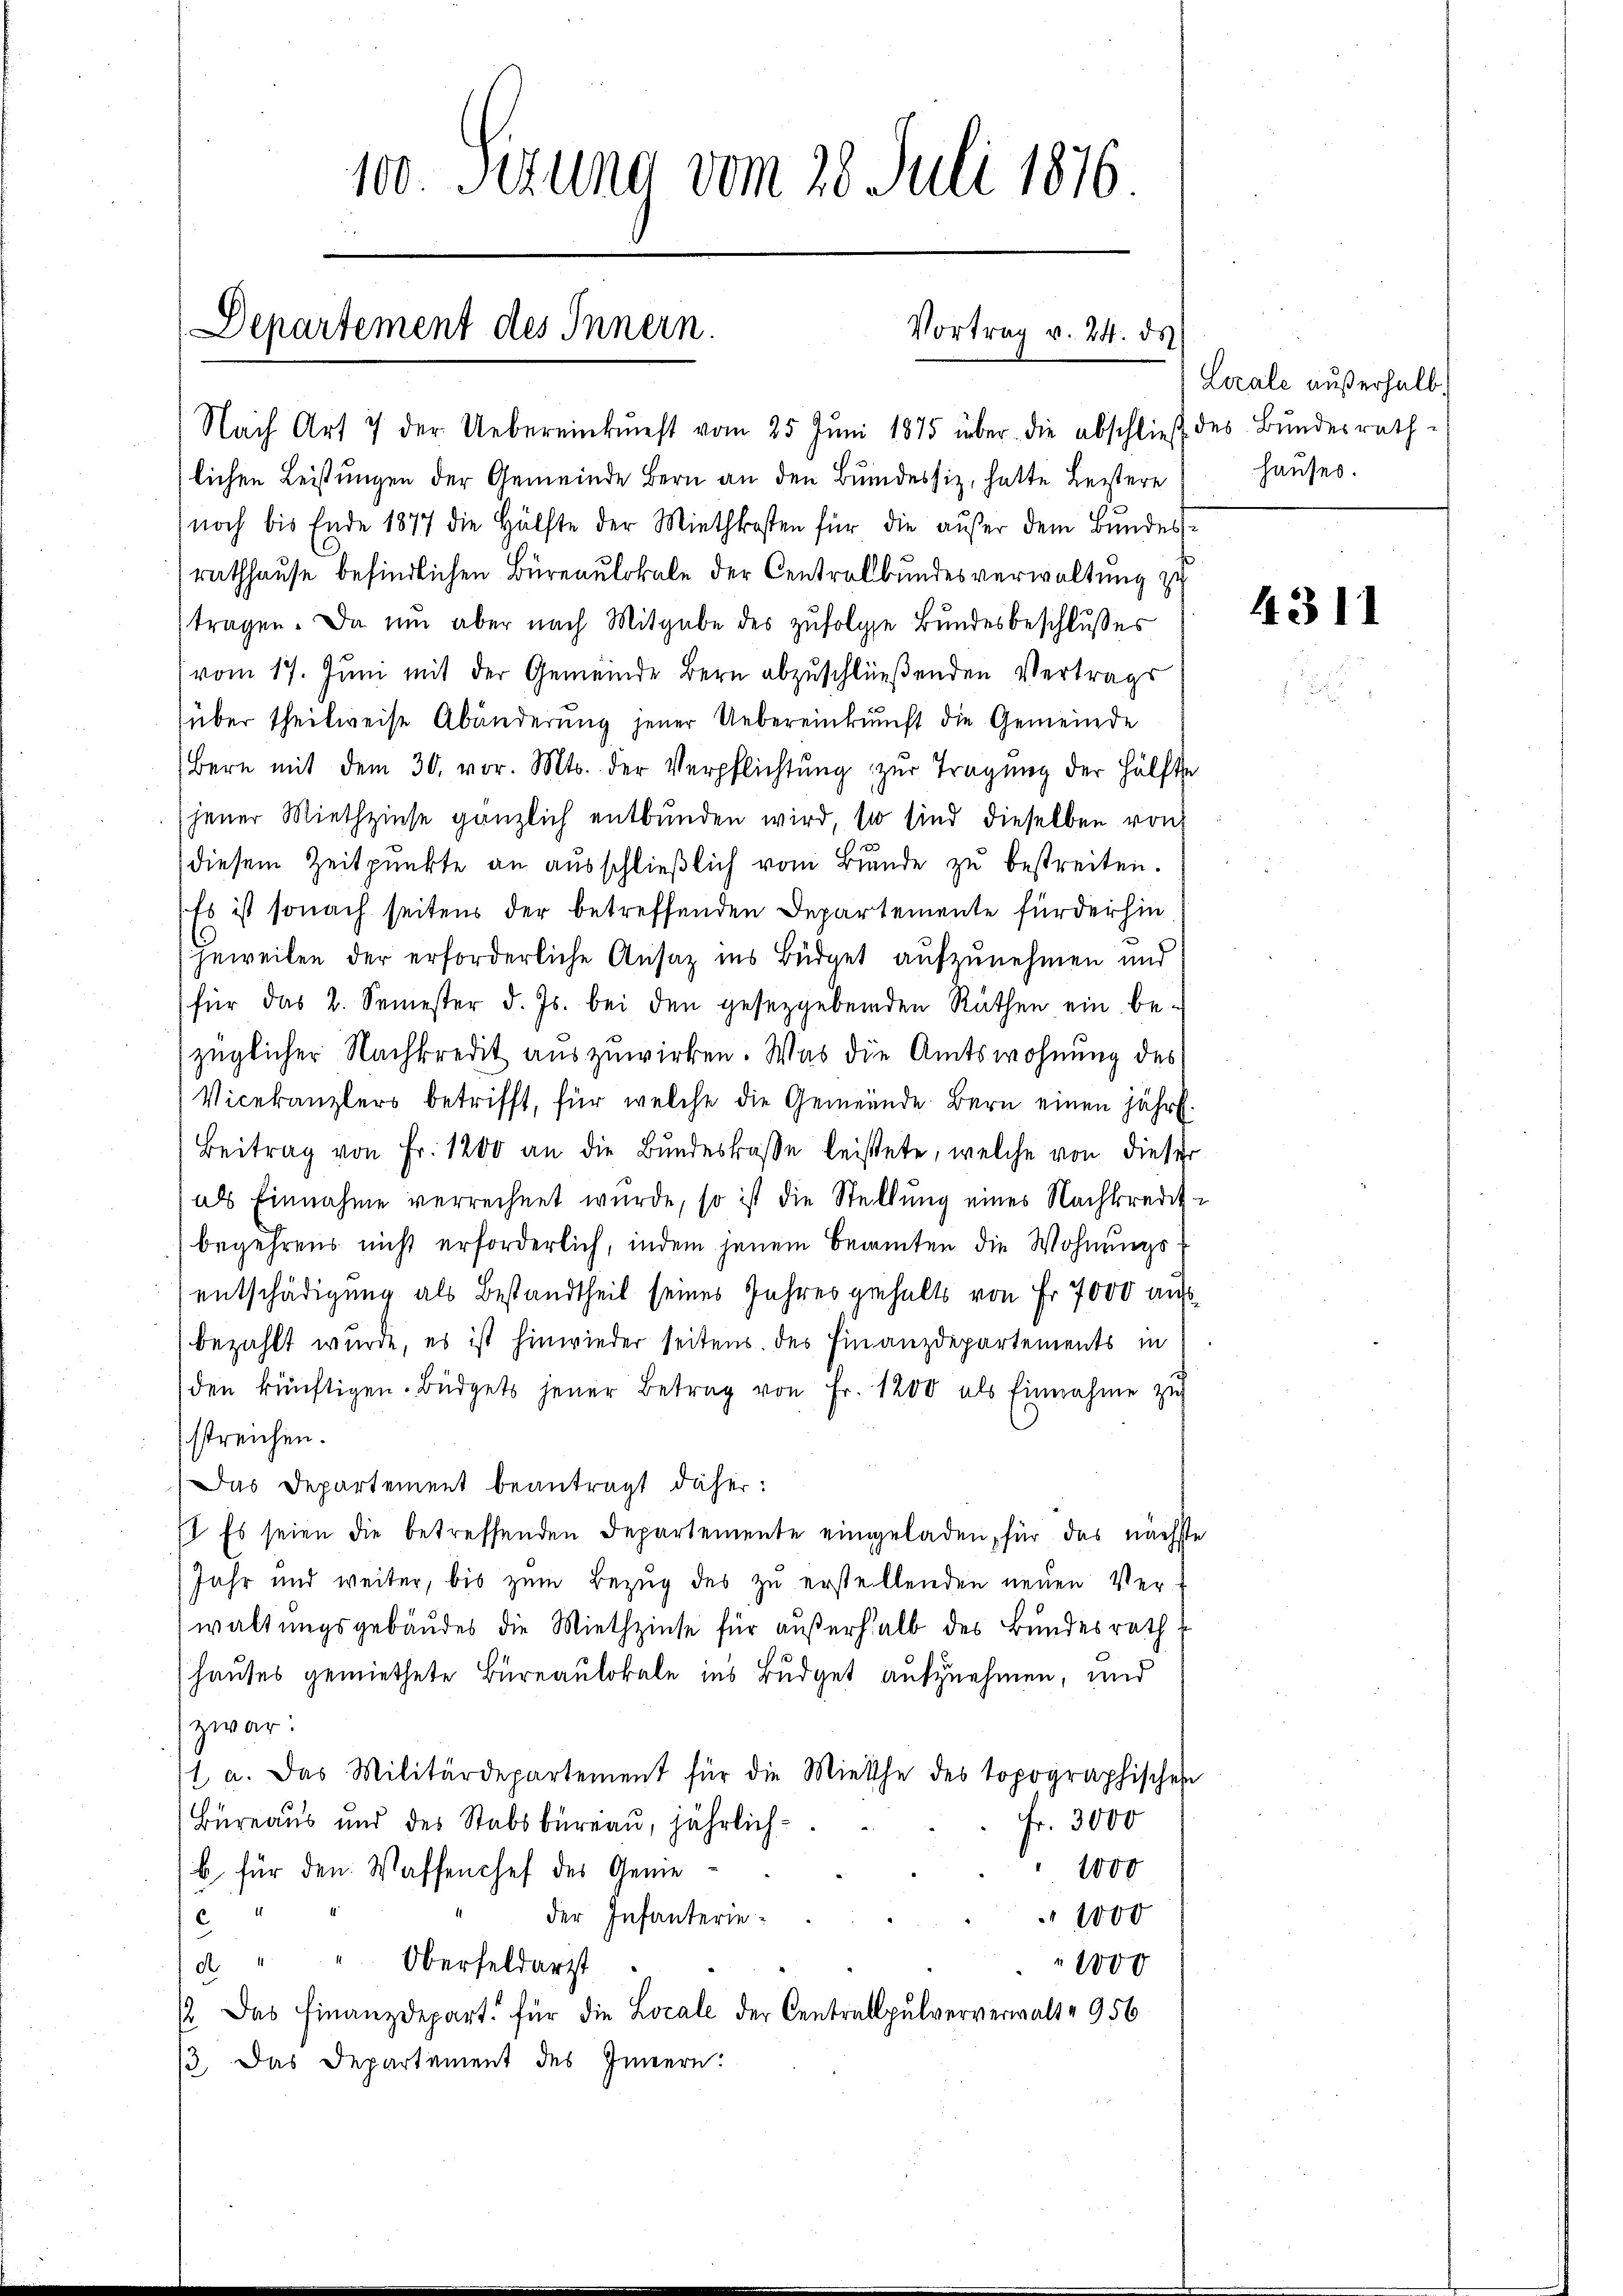
100. Sezung vom 28. Juli 1876

Departement des Innern.
Vortrag v. 24. ds

Nach Art 7 der Uebereinkunft vom 25. Jŭni 1875 über die abschließ des Bundesrath-
lichen Leistungen der Gemeinde Bern an den Bundessiz, hatte Leistere
noch bis Ende 1877 die Hälfte der Miethkosten für die außer dem Bundesrathhause befindlichen Büreaulokale der Centrolbundesverwaltung zu
tragen. Da nun aber nach Mitgabe des zufolge Bundesbeschlusses
vom 17. Juni mit der Gemeinde Bern abzuschließenden Vertrags
über theilweise Abänderŭng jener Uebereinkunft die Gemeinde
Bern mit dem 30. vor. Mts. der Verpflichtŭng zŭr Tragŭng der Hälfte
jener Miethzinse gänzlich entbunden wird, so sind dieselben von
diesem Zeitpunkte an ausschließlich vom Bunde zu bestreiten.
Es ist sonach seitens der betreffenden Departemente für der hinjeweilen der erforderliche Ansaz ins Büdget aufzunehmen und
für das 2. Semester d. Js. bei den gesetzgebenden Räthen ein be-
züglicher Nachkredit auszuwirken. Was die Amtswohnung des
Vicekanzlers betrifft, für welche die Gemeinde Bern einen jähr.
Beitrag von Fr. 1200 an die Bundestraße leistete, welche von dieser
als Einnahme verrechnet wurde, so ist die Stellung eines Nachkredit-
begehrens nicht erforderlich, indem jenem Beamten die Wohnungsentschädigung als Bestandtheil seines Jahres gehalts von Fr. 7000 auf
bezahlt wurde, es ist hinwieder seitens des Finanzdepartements in
den künftigen. Büdgets jener Betrag von Fr. 1200 als Einnahme zug
streichen.
Das Departement beantragt daher:
1 Es seien die betreffenden Departemente eingeladen, für das nächste
Jahr und weiter, bis zum Bezug des zu erstellenden neuen Verwaltungsgebäudes die Miethzinse für außerhalb des Bundesrath
Hauses gemiethete Bureaulokale ins Budget aufzunehmen, und
zwar:
1 a. Das Militärdepartement für die Miethe des topographischen
Fr. 3000
Büreaus und des Stabsbureau, jährlich¬
1000
b für den Waffenchef des Genie¬
4
der Infanterie-
1000
d. " " Oberfeldarzt.
1000
/2. Das Finanzdepart für die Locale der Centralpulververwalt- 956
13. Das Departement des Innern:

Locale außerhalb.
hauses.

4311